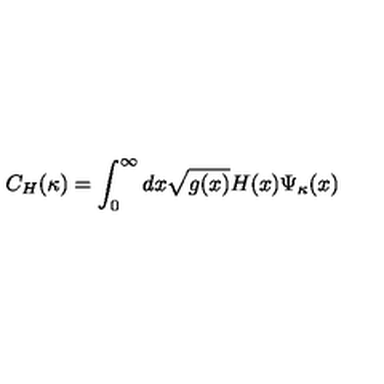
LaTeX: C _ { H } ( \kappa ) = \int _ { 0 } ^ { \infty } d x \sqrt { g ( x ) } H ( x ) \Psi _ { \kappa } ( x )